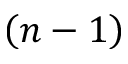
\left( n - 1 \right)